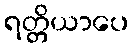
ရတ္တိယာပေ